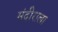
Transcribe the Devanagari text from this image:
मंदीराला